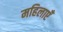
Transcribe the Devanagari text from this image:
महिलाएंँ